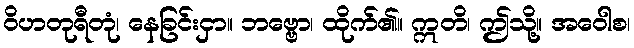
ဝိဟတုရီတုံ၊ နေခြင်းငှာ။ ဘဗ္ဗော၊ ထိုက်၏။ ဣတိ၊ ဤသို့။ အဝေါစ၊